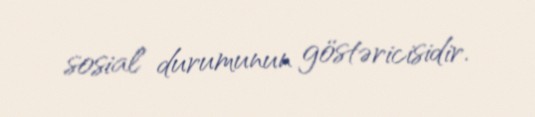
sosial durumunun göstəricisidir.